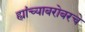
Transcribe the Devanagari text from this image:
ह्यांच्याबरोबरचे